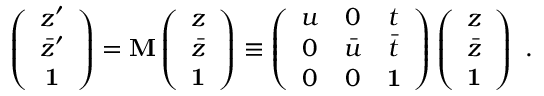
\left( \begin{array} { c } { { z ^ { \prime } } } \\ { { \bar { z } ^ { \prime } } } \\ { { \bf 1 } } \end{array} \right) = { \bf M } \left( \begin{array} { c } { { z } } \\ { { \bar { z } } } \\ { { \bf 1 } } \end{array} \right) \equiv \left( \begin{array} { c c c } { { u } } & { { 0 } } & { { t } } \\ { { 0 } } & { { \bar { u } } } & { { \bar { t } } } \\ { { 0 } } & { { 0 } } & { { { \bf 1 } } } \end{array} \right) \left( \begin{array} { c } { { z } } \\ { { \bar { z } } } \\ { { \bf 1 } } \end{array} \right) \ .